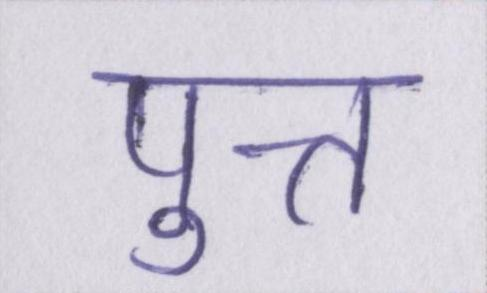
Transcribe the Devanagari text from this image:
पुत्त